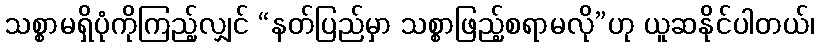
သစ္စာမရှိပုံကိုကြည့်လျှင် “နတ်ပြည်မှာ သစ္စာဖြည့်စရာမလို”ဟု ယူဆနိုင်ပါတယ်၊